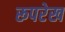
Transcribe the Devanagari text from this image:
रूपरेख